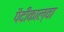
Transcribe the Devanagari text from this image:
पैदीकाल्वा